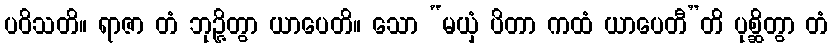
ပဝိသတိ။ ရာဇာ တံ ဘုဉ္ဇိတွာ ယာပေတိ။ သော “မယှံ ပိတာ ကထံ ယာပေတီ”တိ ပုစ္ဆိတွာ တံ